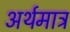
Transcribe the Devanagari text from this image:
अर्थमात्र